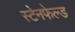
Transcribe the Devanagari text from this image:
स्टेनफेल्ड